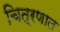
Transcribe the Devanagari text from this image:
चित्रणात